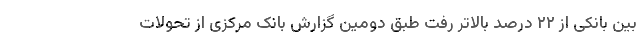
بین‌ بانکی از ۲۲ درصد بالاتر رفت طبق دومین گزارش بانک مرکزی از تحولات